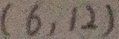
( 6 , 1 2 )